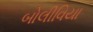
બોલીવિયા